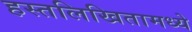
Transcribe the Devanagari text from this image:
हस्तलिखितामध्ये